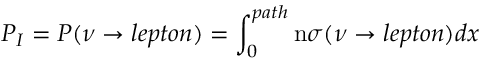
P _ { I } = P ( \nu \rightarrow l e p t o n ) = \int _ { 0 } ^ { p a t h } \mathrm { n } \sigma ( \nu \rightarrow l e p t o n ) d x